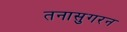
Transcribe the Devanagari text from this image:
तनासुगरन